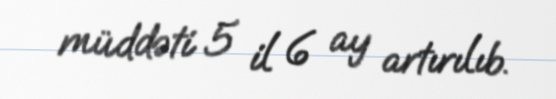
müddəti 5 il 6 ay artırılıb.